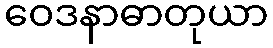
ဝေဒနာဓာတုယာ